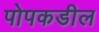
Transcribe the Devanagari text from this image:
पोपकडील